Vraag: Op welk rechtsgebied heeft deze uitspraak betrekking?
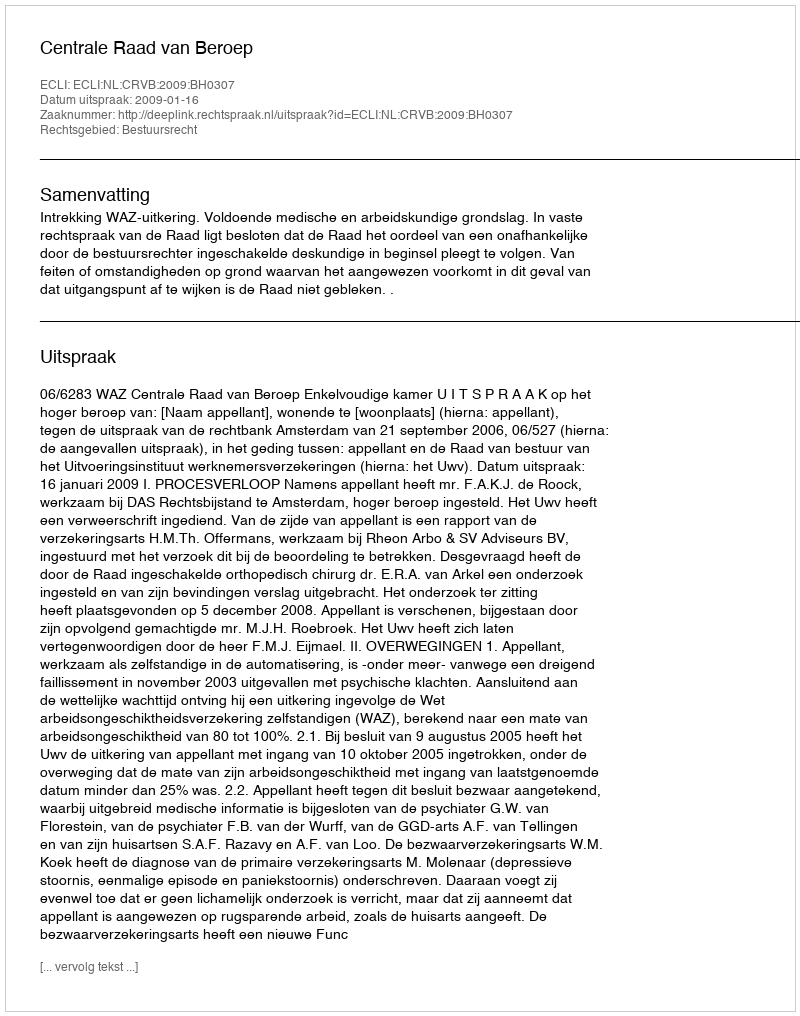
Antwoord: Bestuursrecht